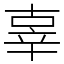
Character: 辜